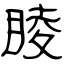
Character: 睖